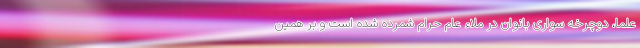
علما، دوچرخه سواری بانوان در ملاء عام حرام شمرده شده است و بر همین